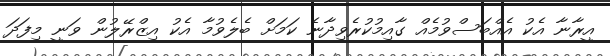
އީރާނާ އެކު އެއްބަސްވުމެއް ގާއިމުކުރެވިދާނެ ކަމަށް ބެލެވުމާ އެކު އިޒްރޭލުން ވަނީ މިފަދަ